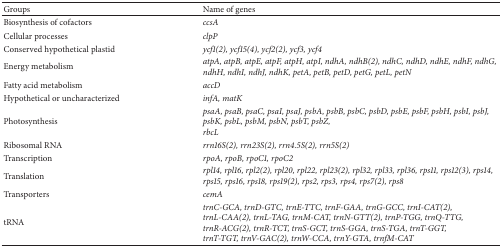
<table><thead><tr><td><b>Groups</b></td><td><b>Name of genes</b></td></tr></thead><tbody><tr><td>Biosynthesis of cofactors</td><td><i>ccsA</i></td></tr><tr><td>Cellular processes</td><td><i>clpP</i></td></tr><tr><td>Conserved hypothetical plastid</td><td><i>ycf1(2), ycf15(4), ycf2(2), ycf3, ycf4</i></td></tr><tr><td>Energy metabolism</td><td><i>atpA, atpB, atpE, atpF, atpH, atpI, ndhA, ndhB(2), ndhC, ndhD, ndhE, ndhF, ndhG, ndhH, ndhI, ndhJ, ndhK, petA, petB, petD, petG, petL, petN</i></td></tr><tr><td>Fatty acid metabolism</td><td><i>accD</i></td></tr><tr><td>Hypothetical or uncharacterized</td><td><i>infA, matK</i></td></tr><tr><td>Photosynthesis</td><td><i>psaA, psaB, psaC, psaI, psaJ, psbA, psbB, psbC, psbD, psbE, psbF, psbH, psbI, psbJ, psbK, psbL, psbM, psbN, psbT, psbZ, </i><i>rbcL</i></td></tr><tr><td>Ribosomal RNA</td><td><i>rrn16S(2), rrn23S(2), rrn4.5S(2), rrn5S(2)</i></td></tr><tr><td>Transcription</td><td><i>rpoA, rpoB, rpoC1, rpoC2</i></td></tr><tr><td>Translation</td><td><i>rpl14, rpl16, rpl2(2), rpl20, rpl22, rpl23(2), rpl32, rpl33, rpl36, rps11, rps12(3), rps14, rps15, rps16, rps18, rps19(2), rps2, rps3, rps4, rps7(2), rps8</i></td></tr><tr><td>Transporters</td><td><i>cemA</i></td></tr><tr><td>tRNA</td><td><i>trnC-GCA, trnD-GTC, trnE-TTC, trnF-GAA, trnG-GCC, trnI-CAT(2), trnL-CAA(2), trnL-TAG, trnM-CAT, trnN-GTT(2), trnP-TGG, trnQ-TTG, </i><i>trnR-ACG(2), trnR-TCT, trnS-GCT, trnS-GGA, trnS-TGA, trnT-GGT, </i><i>trnT-TGT, trnV-GAC(2), trnW-CCA, trnY-GTA, trnfM-CAT</i></td></tr></tbody></table>